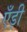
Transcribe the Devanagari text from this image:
एँड़ी